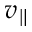
v _ { \parallel }